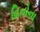
વિનોના